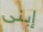
إبنى